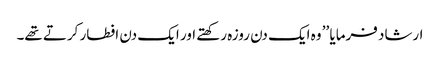
ارشاد فرمایا ’’ وہ ایک دن روزہ رکھتے اور ایک دن افطار کرتے تھے۔